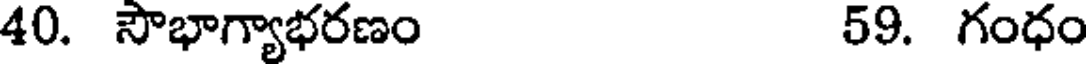
40. సౌభాగ్యాభరణం 59. గంధం